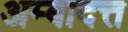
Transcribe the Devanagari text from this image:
अम्बादत्त